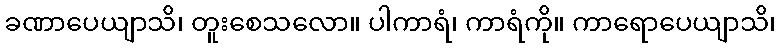
ခဏာပေယျာသိ၊ တူးစေသလော။ ပါကာရံ၊ ကာရံကို။ ကာရောပေယျာသိ၊